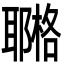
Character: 鿤